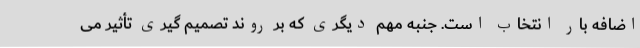
اضافه بار انتخاب است. جنبه مهم دیگری که بر روند تصمیم گیری تأثیر می